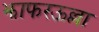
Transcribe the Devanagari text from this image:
झाफरऊल्ला